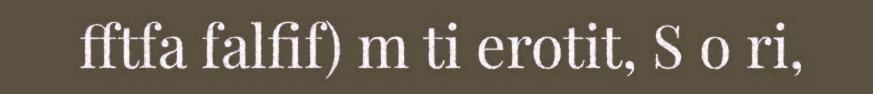
fftfa falfif) m ti erotit, S o ri,